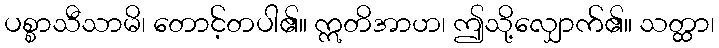
ပစ္စာသီသာမိ၊ တောင့်တပါ၏။ ဣတိအာဟ၊ ဤသို့လျှောက်၏။ သတ္ထာ၊